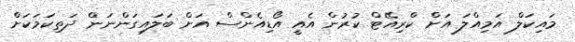
މައިކަލް އަމިއްލަ އަށް ކްރިއޭޓް ކުރުން އެއީ އޯޑިއެންސް އަށް ބަލައިގަންނަން ދަތިކަމަކަށް